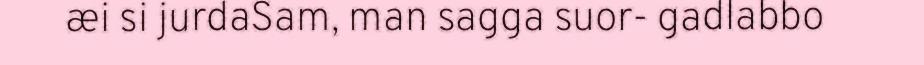
æi si jurdaSam, man sagga suor- gadlabbo